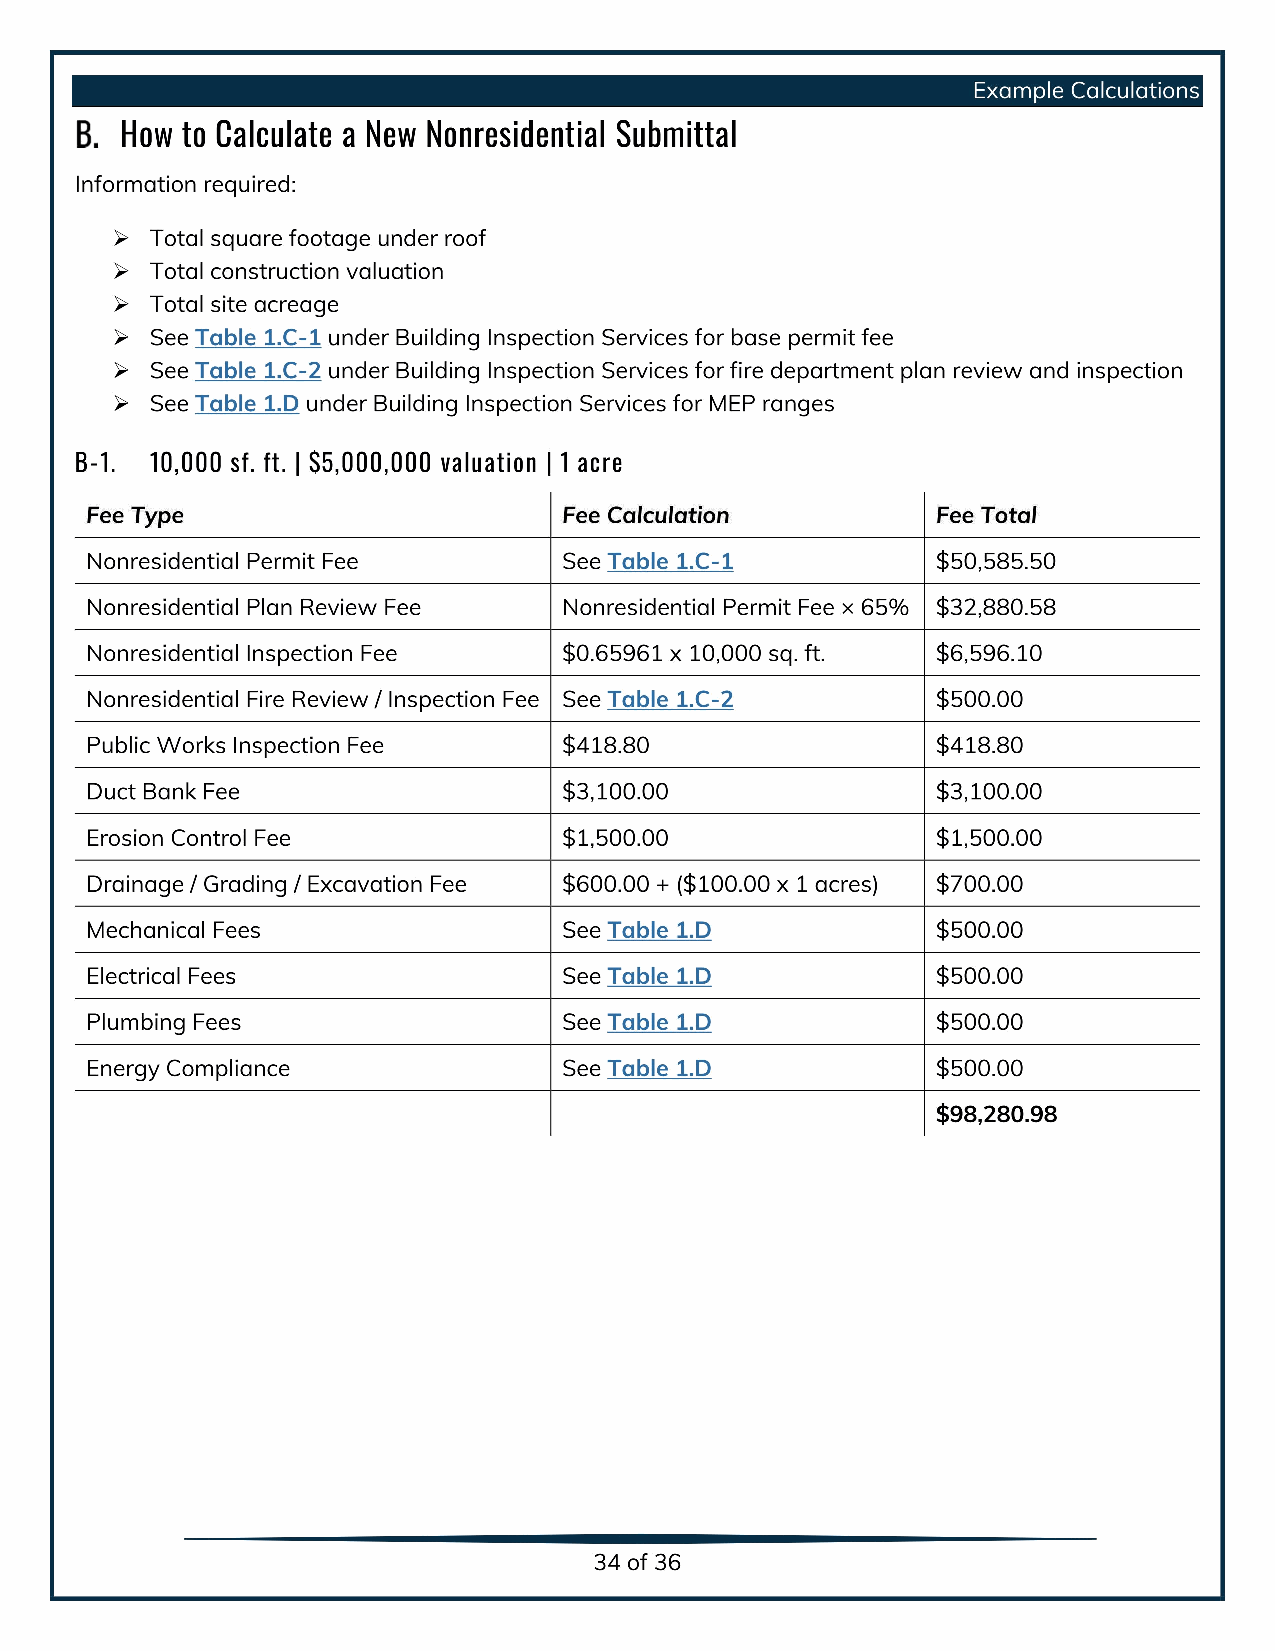
Example Calculations
 How to Calculate a New Nonresidential Submittal
 Information required:
 Total square footage under roof
 Total construction valuation
 Total site acreage
 See Table 1.C-1under Building Inspection Services for base permit fee
 See Table 1.C-2under Building Inspection Services for fire department plan review and inspection
 See Table 1.D under Building Inspection Services for MEP ranges
 B-1. 10,000 sf. ft. | $5,000,000 valuation | 1 acre
 Fee Type                       Fee Calculation          Fee Total
 Nonresidential Permit Fee      See Table 1.C-1 $         50,585.50
 Nonresidential Plan Review Fee Nonresidential Permit Fee ×65 %3 $2, 880.58Nonresidential
 Inspection Fee    0$.           65961x 10,000sq.f t.6 $, 596.10Nonresidential
 Fire      Review /I nspection Fee See Table 1.C-2 $500.  00Public
 Works Inspection Fee 4$18.      80 4$18.                 80Duct
 Bank Fee 3$ ,                   100.00 3$,               100.00 Erosion
 Control Fee 1 $,                500.00 1$,               500.00 Drainage /
 Grading / Excavation Fee 6$00.  00 1+00 .($00x1acres) $700. 00Mechanical
 Fees    See                    Table 1.D $500.           00Electrical
 Fees  See                      Table 1.D $500.           00Plumbing
 Fees   See                     Table 1.D $500.           00Energy
 Compliance See                 Table 1.D $500.           0098,
 280.98
 34of36